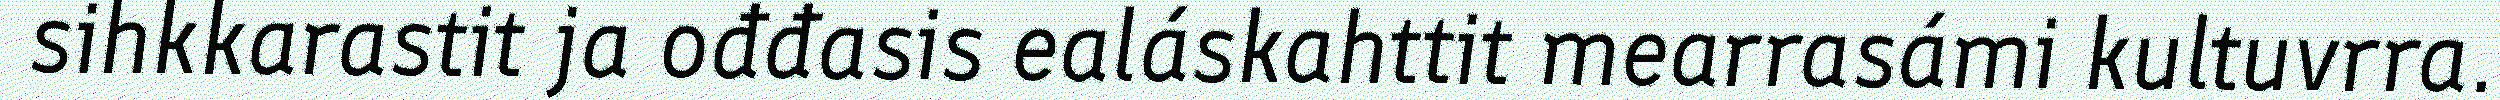
sihkkarastit ja ođđasis ealáskahttit mearrasámi kultuvrra.